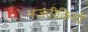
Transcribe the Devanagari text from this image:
नजदीकियों